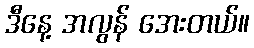
ဒီနေ့ အလွန် အေးတယ်။